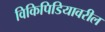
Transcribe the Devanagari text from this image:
विकिपिडियावरील